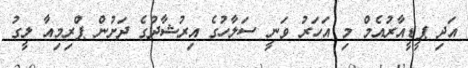
އަދި ޕީޑީއާރުއެމް މި އަހަރު ވަނީ ސަލާހުގެ އިރުޝާދުގެ ދަށުން ޕްރިމިއާ ލީގު